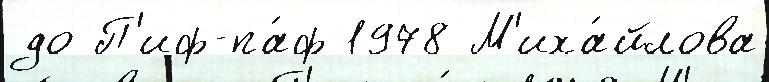
до П'иф-па́ф 1978 М'иха́йлова